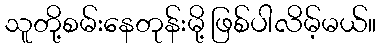
သူတို့စမ်းနေတုန်းမို့ ဖြစ်ပါလိမ့်မယ်။